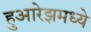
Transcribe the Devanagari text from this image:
हुआरेझमध्ये